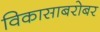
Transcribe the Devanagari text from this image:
विकासाबरोबर